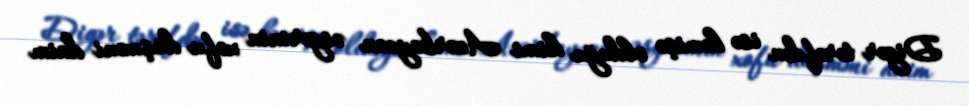
Digər tərəfdən isə həmişə olduğu kimi Azərbaycan əsgərinin xofu düşməni daim